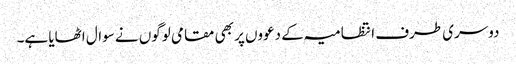
دوسری طرف انتظامیہ کے دعووں پر بھی مقامی لوگوں نے سوال اٹھایا ہے۔